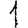
Digit: 1